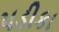
પડીકા